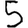
Digit: 5